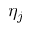
\eta _ { j }